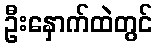
ဦးနှောက်ထဲတွင်